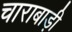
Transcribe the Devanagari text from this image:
चाराबाड़ी